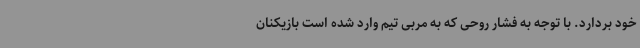
خود بردارد. با توجه به فشار روحی که به مربی تیم وارد شده است بازیکنان